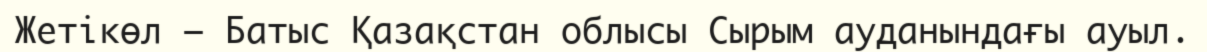
Жетікөл – Батыс Қазақстан облысы Сырым ауданындағы ауыл.